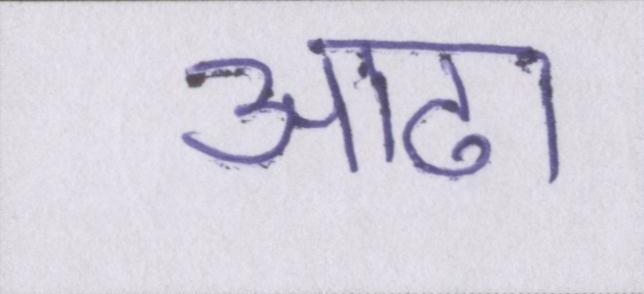
आढा